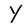
Character: Y